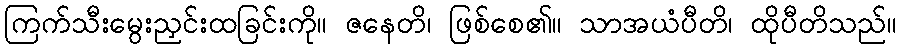
ကြက်သီးမွေးညှင်းထခြင်းကို။ ဇနေတိ၊ ဖြစ်စေ၏။ သာအယံပီတိ၊ ထိုပီတိသည်။